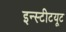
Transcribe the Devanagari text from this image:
इन्‍स्‍टीटयूट